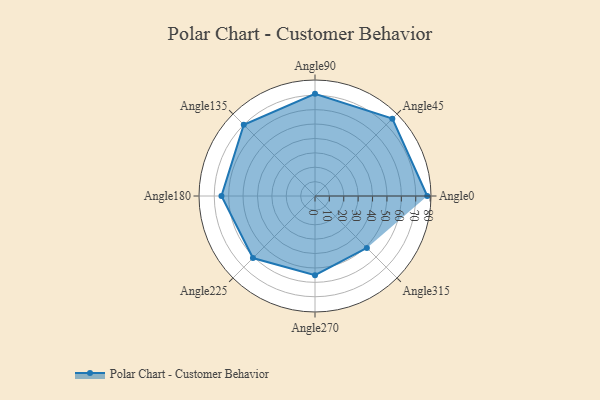
{"axis": {"x": "Angle", "y": "Radius"}, "legend": [""], "data": [{"x": "Angle0", "y": 78.0, "type": ""}, {"x": "Angle45", "y": 76.0, "type": ""}, {"x": "Angle90", "y": 71.0, "type": ""}, {"x": "Angle135", "y": 70.0, "type": ""}, {"x": "Angle180", "y": 65.0, "type": ""}, {"x": "Angle225", "y": 61.0, "type": ""}, {"x": "Angle270", "y": 55.0, "type": ""}, {"x": "Angle315", "y": 51.0, "type": ""}]}